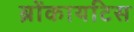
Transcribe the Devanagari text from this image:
ब्रोंकायटिस